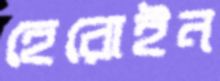
হেরোইন